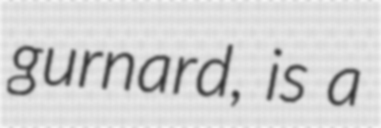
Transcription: gurnard, is a